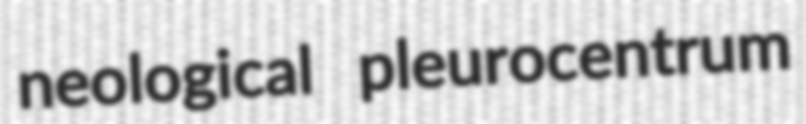
neological pleurocentrum